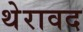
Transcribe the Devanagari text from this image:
थेरावद